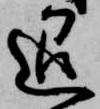
退